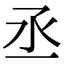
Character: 丞